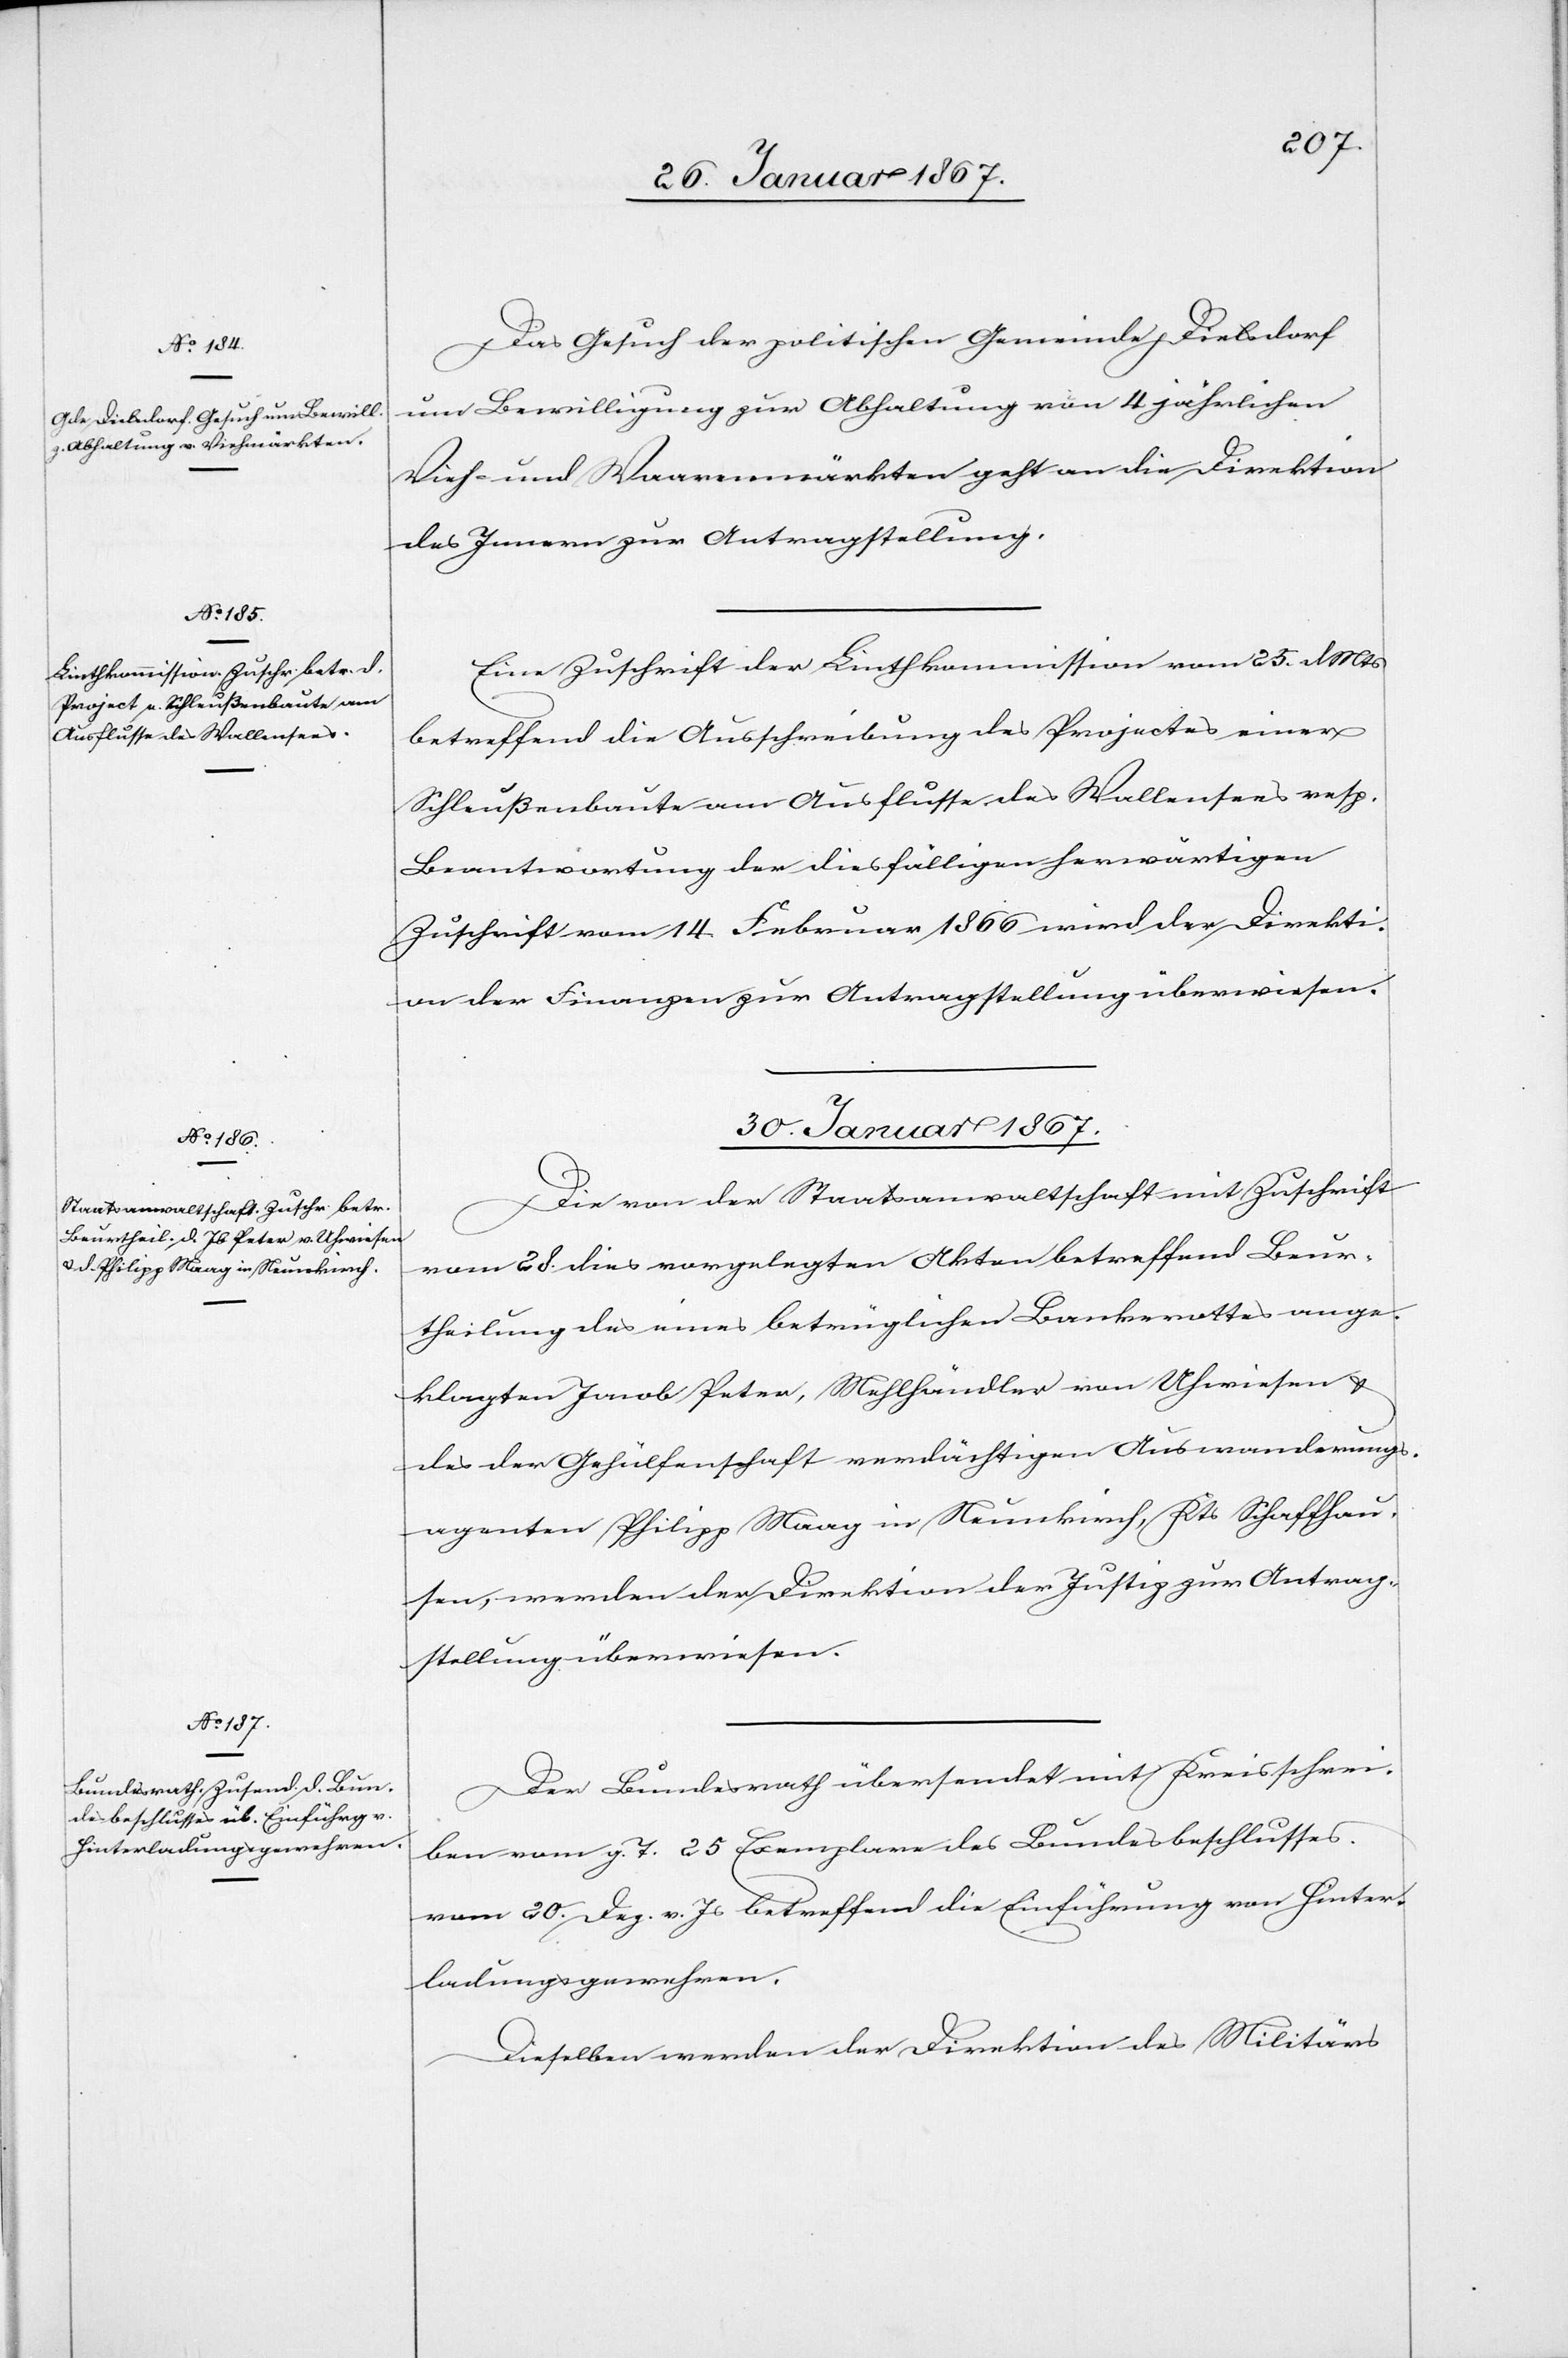
28. Januar 1867.]
Das Gesuch der politischen Gemeinde Dielsdorf
um Bewilligung zur Abhaltung von 4 jährlichen
Vieh- und Waarenmärkten geht an die Direktion
des Innern zur Antragstellung.
Eine Zuschrift der Linthkommission vom 25. d. Mts
betreffend die Ausschreibung des Projectes einer
Schleußenbaute am Ausflusse des Wallensees resp.
Beantwortung der diesfälligen herwärtigen
Zuschrift vom 14. Februar 1866 wird der Direkti¬
on der Finanzen zur Antragstellung überwiesen.
30. Januar 1867]
Die von der Staatsanwaltschaft mit Zuschrift
vom 28. dies vorgelegten Akten betreffend Beur¬
theilung des eines betrüglichen Bankerottes ange¬
klagten Jacob Peter, Mehlhändler von Uhwiesen &
des der Gehülfenschaft verdächtigen Auswanderungs¬
agenten Philipp Maag in Neunkirch, Kts Schaffhau¬
sen, werden der Direktion der Justiz zur Antrag¬
stellung überwiesen.
Der Bundesrath übersendet mit Kreisschrei¬
ben vom g. T. 25 Exemplare des Bundesbeschlusses
vom 20. Dez. v. Js betreffend die Einführung von Hinter¬
ladungsgewehren.
Dieselben werden der Direktion des Militärs